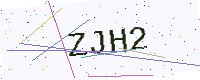
Text: ZJH2